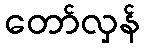
တော်လှန်